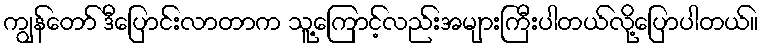
ကျွန်တော် ဒီပြောင်းလာတာက သူ့ကြောင့်လည်းအများကြီးပါတယ်လို့ပြောပါတယ်။